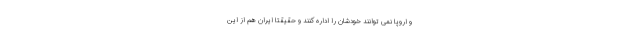
و اروپا نمی توانند خودشان را اداره کنند و حقیقتاً ایران هم از این